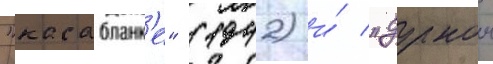
"касабланк'е" (1942) и́ "дурнои